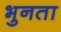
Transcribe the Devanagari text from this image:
भुनता